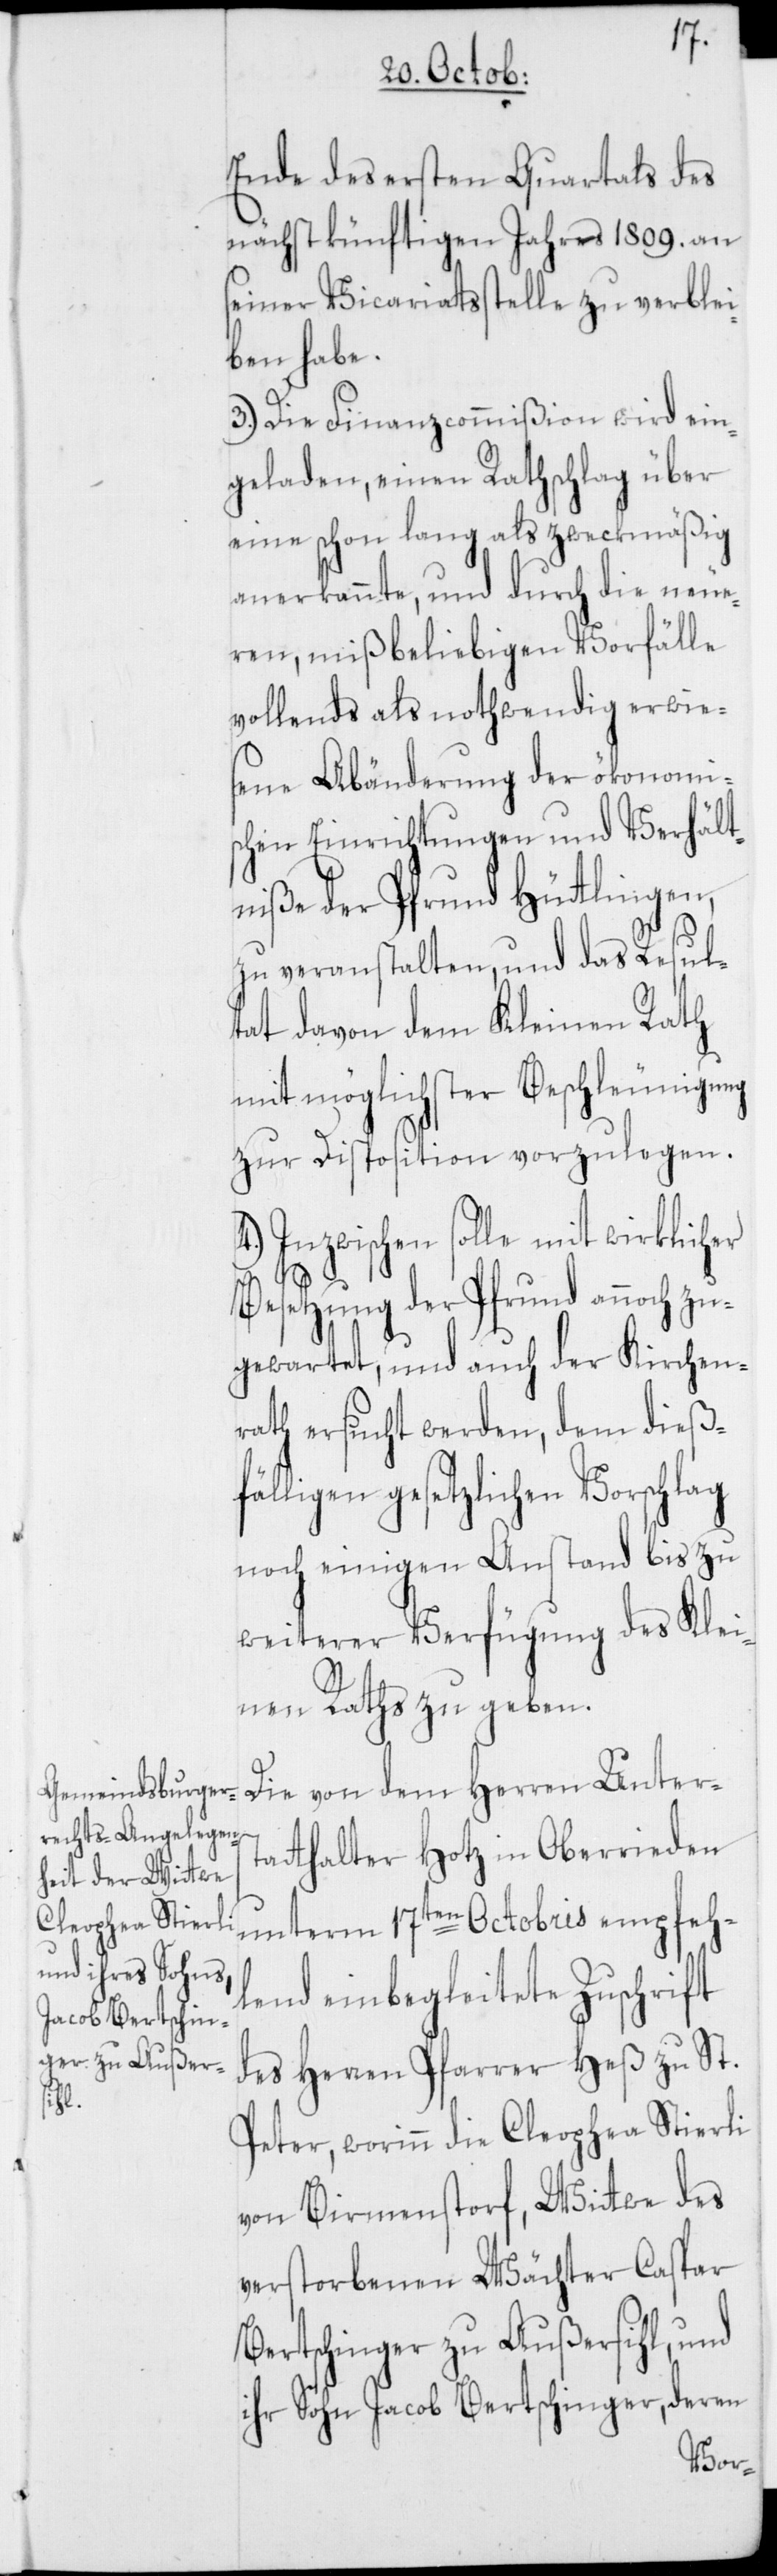
Ende des ersten Quartals des
nächstkünftigen Jahres 1809. an
seiner Vicariatsstelle zu verblei¬
ben habe.
3.) Die Finanzcommißion wird ein¬
geladen, einen Rathschlag über
eine schon lang als zweckmäßig
anerkannte, und durch die neue¬
ren, mißbeliebigen Vorfälle
vollends als nothwendig erwie¬
sene Abänderung der ökonomi¬
schen Einrichtungen und Verhält¬
niße der Pfrund Hüttlingen,
zu veranstalten, und das Resul¬
tat davon dem Kleinen Rath
mit möglichster Beschleunigung
zur Disposition vorzulegen.
Inzwischen sollte mit wirklich¬
Besetzung der Pfrund annoch zu¬
gewartet, und auch der Kirchen¬
rath ersucht werden, dem dieß¬
ligen gesetzlichen Vorschlag
noch einigen Anstand bis zu
weiterer Verfügung des Klei¬
nen Raths zu geben.
Die von dem Herren Unters¬
tatthalter Hotz in Oberrieden
unterm 17ten Octobris empfeh¬
lend einbegleitete Zuschrift
des Herren Pfarrer Heß zu St.
fäl¬
Peter, worinn die Cleophea Stierli
von Birmenstorf, Wittwe des
verstorbenen Wächter Caspar
Bertschinger zu Außersihl, und
ihr Sohn Jacob Bertschinger, deren